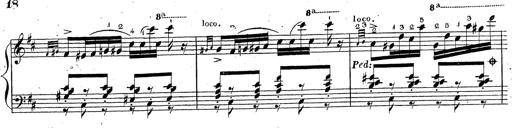
Title: Grande fantaisie sur la tyrolienne de l'opÃ©ra
Composer: Franz Liszt
Key: A major